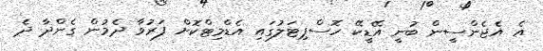
އެ އެޖެންސީން ބުނީ އޭޑީކޭ ހޮސްޕިޓަލުގައި އެޑްމިޓްކޮށް ފަރުވާ ދެމުން ގެންދާ ދެ